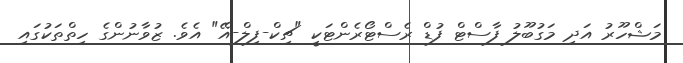
މަޝްހޫރު އަދި މަގުބޫލު ފާސްޓް ފުޑް ރެސްޓޯރެންޓަކީ "ޗިކް-ފިލް-އޭ" އެވެ. ޒުވާނުންގެ ހިތްތަކުގައި